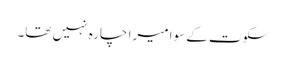
سکوت کے سوا میرا چارہ نہیں تھا۔